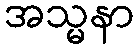
အသ္မနာ